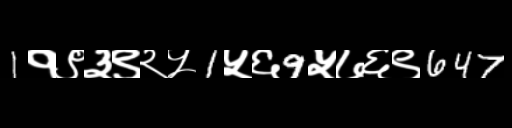
Text: 1१९३९२५1५६9५७६९647